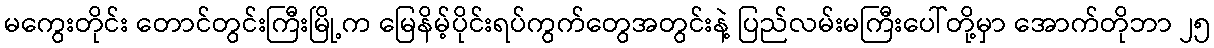
မကွေးတိုင်း တောင်တွင်းကြီးမြို့က မြေနိမ့်ပိုင်းရပ်ကွက်တွေအတွင်းနဲ့ ပြည်လမ်းမကြီးပေါ်တို့မှာ အောက်တိုဘာ ၂၅